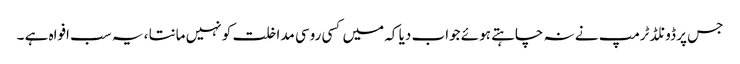
جس پر ڈونلڈ ٹرمپ نے نہ چاہتے ہوئے جواب دیا کہ میں کسی روسی مداخلت کو نہیں مانتا ، یہ سب افواہ ہے ۔